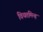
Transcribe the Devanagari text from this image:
वियतमिन्ह